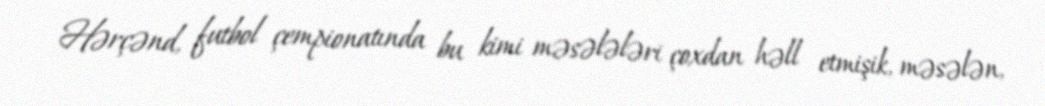
Hərçənd, futbol çempionatında bu kimi məsələləri çoxdan həll etmişik, məsələn,